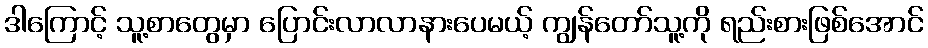
ဒါကြောင့် သူ့စာတွေမှာ ပြောင်းလာလာနားပေမယ့် ကျွန်တော်သူ့ကို ရည်းစားဖြစ်အောင်